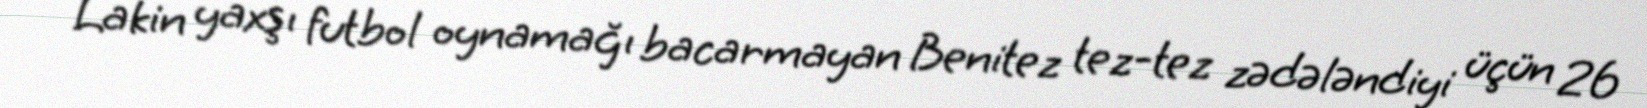
Lakin yaxşı futbol oynamağı bacarmayan Benitez tez-tez zədələndiyi üçün 26